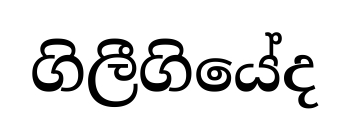
ගිලීගියේද